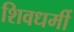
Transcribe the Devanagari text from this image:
शिवधर्मी